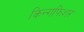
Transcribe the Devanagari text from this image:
किन्गफिशर